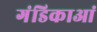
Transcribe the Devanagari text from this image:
गंडिकाआं